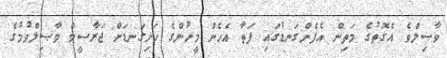
ވާޞިލްވެ އެގޮތުގެ މަތިން އެފެންގަނޑުގައި ފަތާ އެހެން މީހުންގެ ހަށިގަނޑަށް ޖަރާސީމް ވާޞިލްވުމުގެ